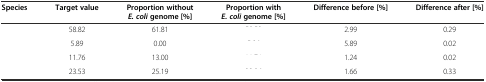
<table><thead><tr><td><b>Species</b></td><td><b>Target value</b></td><td><b>Proportion without <i>E. coli</i>genome [%]</b></td><td><b>Proportion with <i>E. coli</i>genome [%]</b></td><td><b>Difference before [%]</b></td><td><b>Difference after [%]</b></td></tr></thead><tbody><tr><td>[EMPTY_CELL]</td><td>58.82</td><td>61.81</td><td>[EMPTY_CELL]</td><td>2.99</td><td>0.29</td></tr><tr><td>[EMPTY_CELL]</td><td>5.89</td><td>0.00</td><td>[EMPTY_CELL]</td><td>5.89</td><td>0.02</td></tr><tr><td>[EMPTY_CELL]</td><td>11.76</td><td>13.00</td><td>[EMPTY_CELL]</td><td>1.24</td><td>0.02</td></tr><tr><td>[EMPTY_CELL]</td><td>23.53</td><td>25.19</td><td>[EMPTY_CELL]</td><td>1.66</td><td>0.33</td></tr></tbody></table>